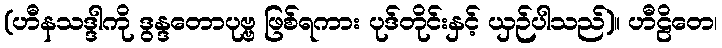
(ဟီနသဒ္ဒါကို ဒွန္ဒတောပုဗ္ဗ ဖြစ်ရကား ပုဒ်တိုင်းနှင့် ယှဉ်ပါသည်)။ ဟီဠိတေ၊